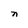
Character: n